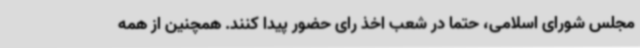
مجلس شورای اسلامی، حتما در شعب اخذ رای حضور پیدا کنند. همچنین از همه